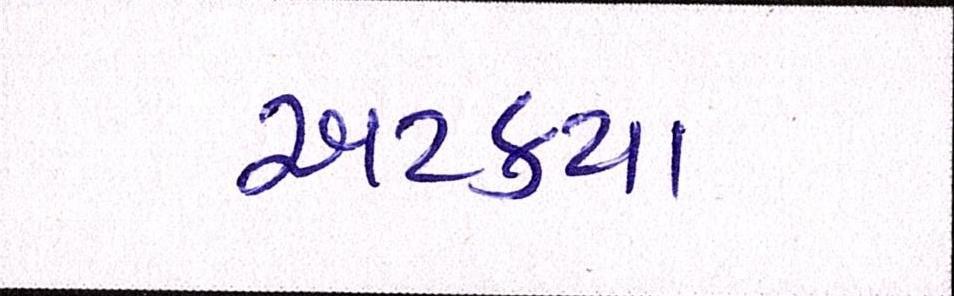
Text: અટક્યા